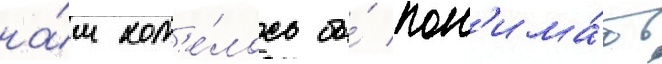
на́м хот'е́лось бы́ пон'има́ть